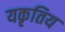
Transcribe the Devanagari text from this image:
यकृतिय